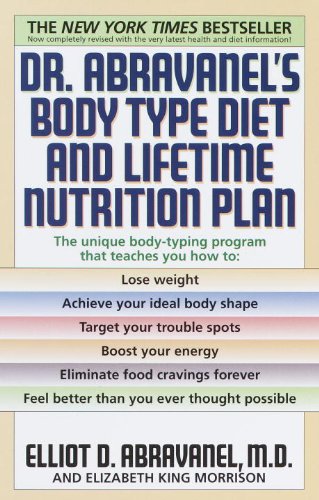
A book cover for Dr. Abravanel's Body Type Diet and Lifetime Nutrition Plan; Elliot D. Abravanel; Health, Fitness & Dieting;